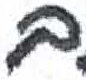
אות: ם